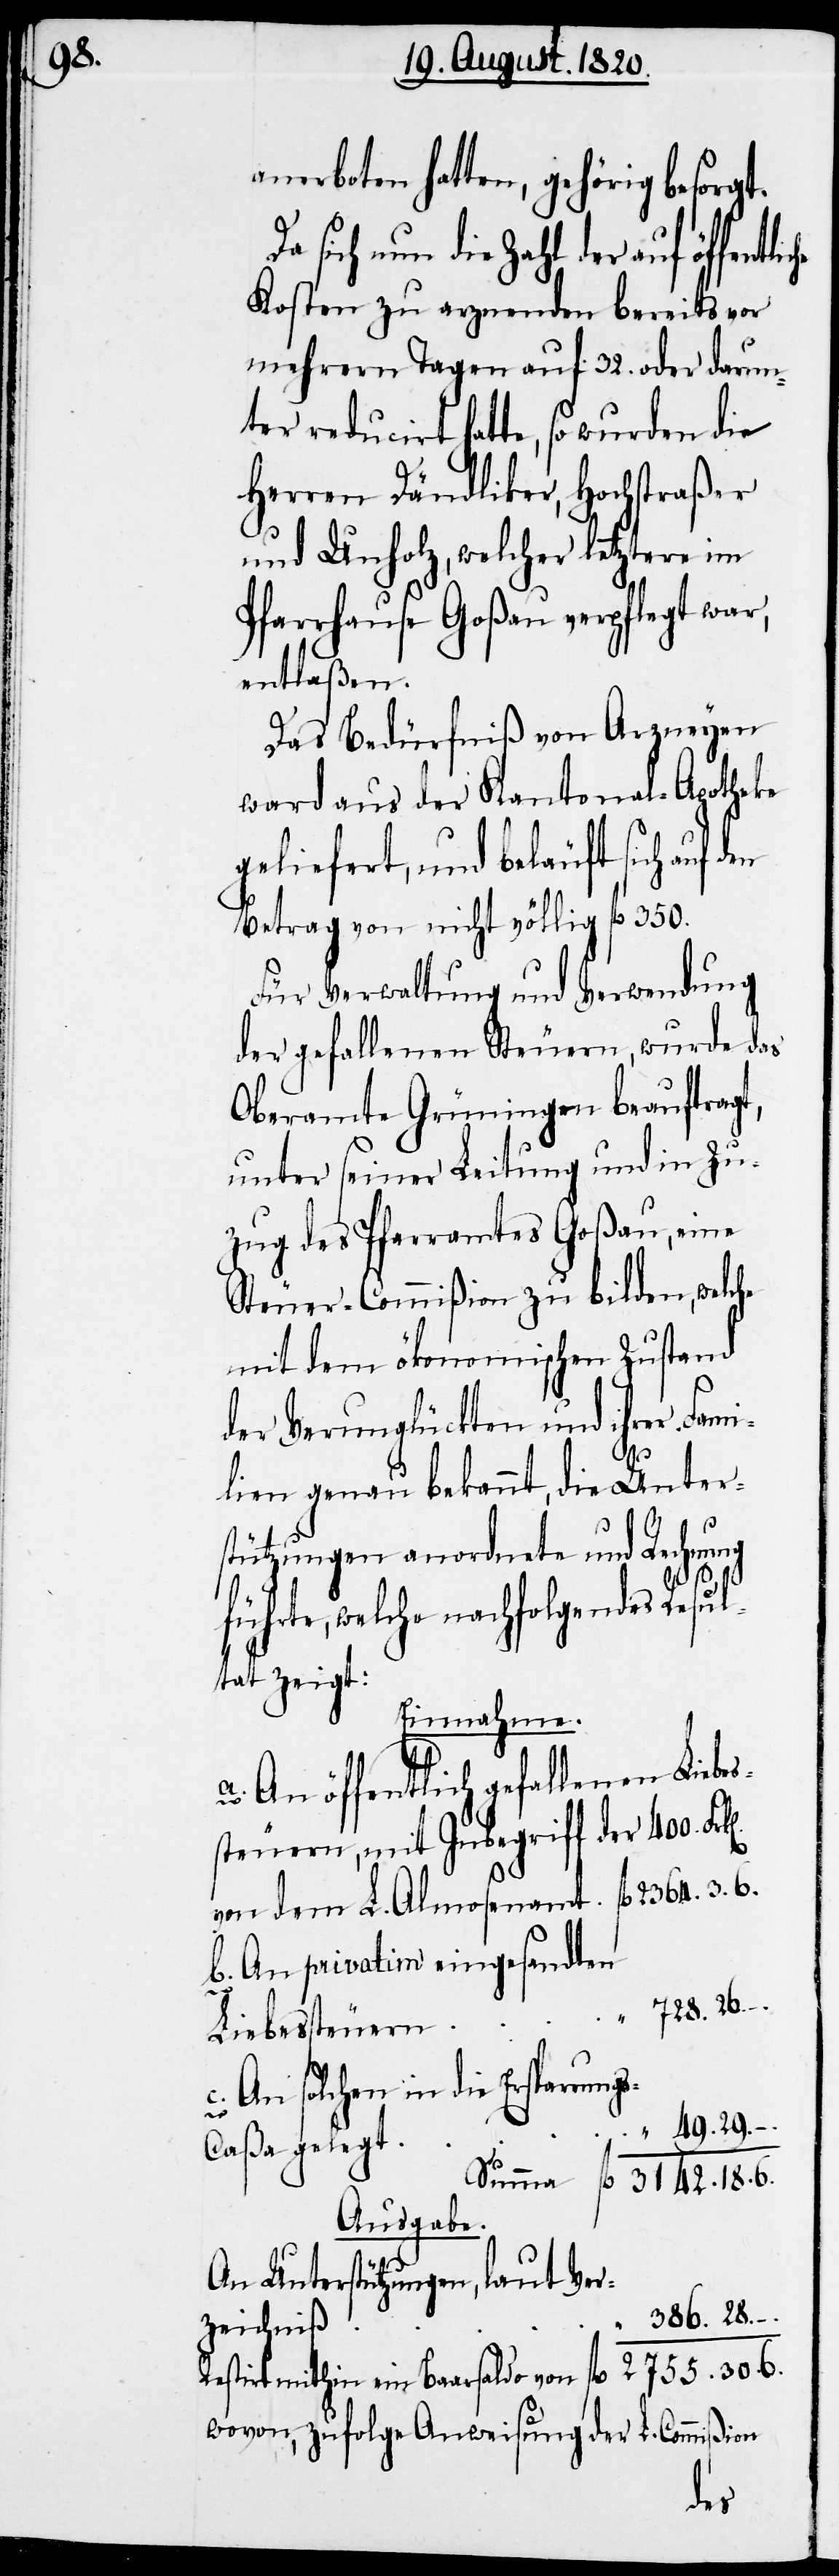
s-Caßa

anerboten hatten, gehörig besorgt.
sich nun die Zahl der auf
Kosten zu arznenden bereits vor
mehrern Tagen auf 32. oder darun¬
ter reducirt hatte, so wurden die
Herren Dändliker, Hochstraßer
und Unholz, welcher letztere im
Pfarrhause Goßau verpflegt war,
entlaßen.
Das Bedürfniß von Arzneyen
ward aus der Kantonal-Apotheke
geliefert, und beläuft sich auf
Betrag von nicht völlig fl. 350.
Für Verwaltung und Verwendung
der gefallenen Steuern, wurde das
Oberamte Grüningen beauftragt,
unter seiner Leitung und in Zu¬
zug des Pfarramtes Goßau, eine
mit dem ökonomischen Zustand
der Verunglückten und ihrer Fami¬
lien genau bekannt, die Unter¬
stützungen anordnete und Rechnung
führte, welche nachfolgendes Resul¬
tat zeigt:
Einnahme.
a. An öffentlich gefallenen Liebes¬
steuern, mit Inbegriff
b. An privatim eingesandten
c. An solchen in die Ersparung¬
Ausgabe.
An Unterstützungen, laut
Restirt mithin ein Baarsaldo
wovon, zufolge Anweisung der
L. Commißion
dem